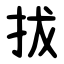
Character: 拔